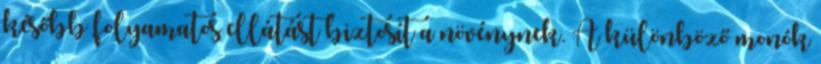
később folyamatos ellátást biztosít a növénynek. A különböző monók